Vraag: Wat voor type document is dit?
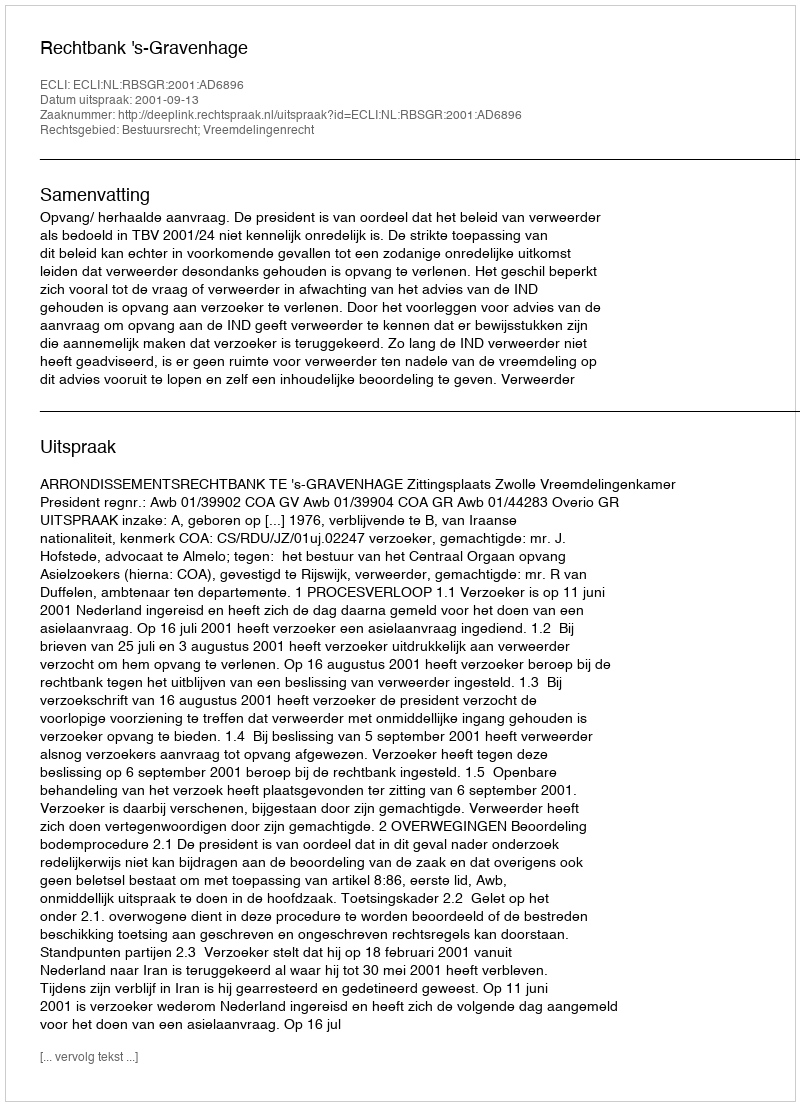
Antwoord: Uitspraak